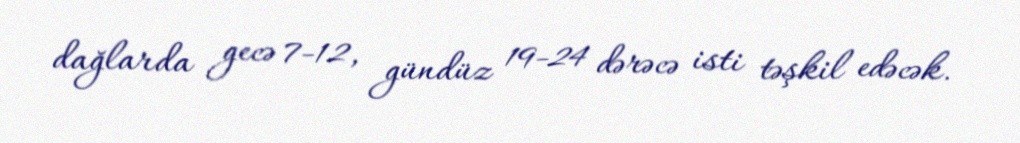
dağlarda gecə 7-12, gündüz 19-24 dərəcə isti təşkil edəcək.